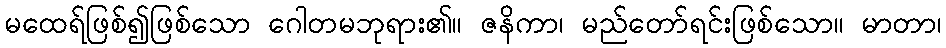
မထေရ်ဖြစ်၍ဖြစ်သော ဂေါတမဘုရား၏။ ဇနိကာ၊ မည်တော်ရင်းဖြစ်သော။ မာတာ၊